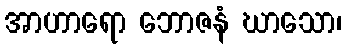
အာဟာရော ဘောဇနံ ဃာသော၊